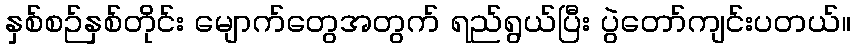
နှစ်စဉ်နှစ်တိုင်း မျောက်တွေအတွက် ရည်ရွယ်ပြီး ပွဲတော်ကျင်းပတယ်။